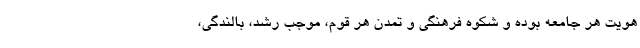
هویت هر جامعه بوده و شکوه فرهنگی و تمدن هر قوم، موجب رشد، بالندگی،